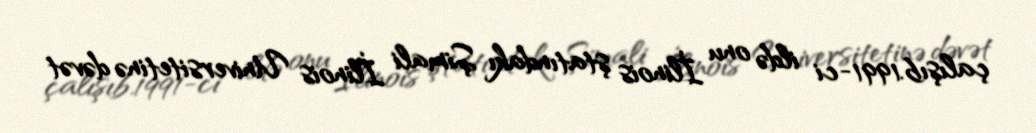
çalışıb.1991-ci ildə onu İlinois ştatındakı Şimali İlinois Universitetinə dəvət